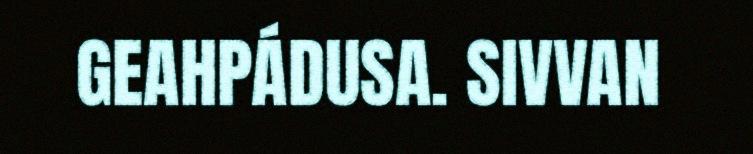
GEAHPÁDUSA. SIVVAN